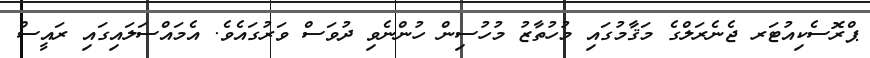
ޕްރޮސެކިއުޓަރ ޖެނެރަލްގެ މަޤާމުގައި މުހުތާޒު މުހުސިން ހުންނެވި ދުވަސް ވަރުގައެވެ. އެމައްސަލައިގައި ރައީސް